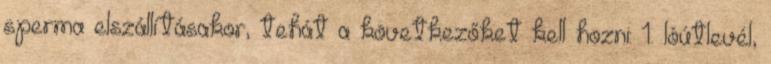
sperma elszállításakor, tehát a következőket kell hozni: 1. lóútlevél,